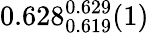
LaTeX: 0.628_{0.619}^{0.629}(1)